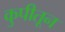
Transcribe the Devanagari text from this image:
कुपीतून